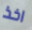
اخذ